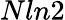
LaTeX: Nln2